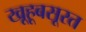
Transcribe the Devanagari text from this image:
खूहूबसूरत